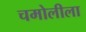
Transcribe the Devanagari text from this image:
चमोलीला